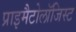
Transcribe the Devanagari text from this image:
प्राइमैटोलॉजिस्ट